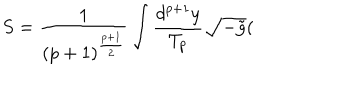
S = \frac 1 { ( p + 1 ) ^ { \frac { p + 1 } 2 } } \int \frac { d ^ { p + 1 } y } { T _ { p } } \sqrt { - \tilde { g } } (